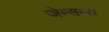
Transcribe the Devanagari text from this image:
जेम्सन्स